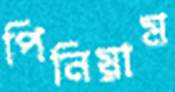
পিনিয়াম